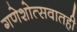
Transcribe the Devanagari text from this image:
गणेशोत्सवातही